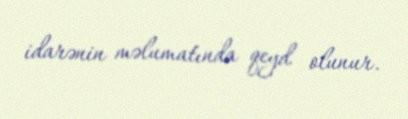
idarənin məlumatında qeyd olunur.